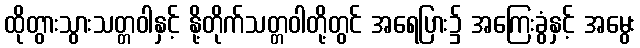
ထိုတွားသွားသတ္တဝါနှင့် နို့တိုက်သတ္တဝါတို့တွင် အရေပြား၌ အကြေးခွံနှင့် အမွေး